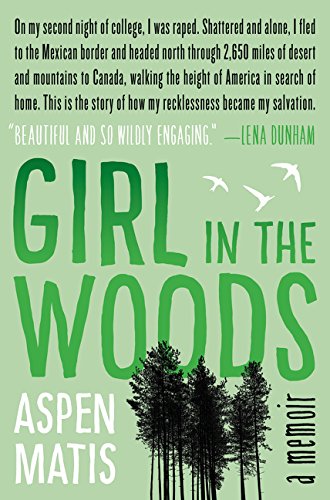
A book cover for Girl in the Woods: A Memoir; Aspen Matis; Biographies & Memoirs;